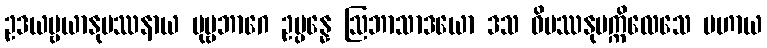
ဥဒယဗ္ဗယာနုပဿနာယ ပုဗ္ဗဘာဂေ ဥပ္ပန္နေ ဩဘာသာဒယော ဒသ ဝိပဿနုပက္ကိလေသေ ပဟာယ